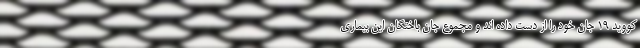
کووید ۱۹ جان خود را از دست داده اند و مجموع جان باختگان این بیماری